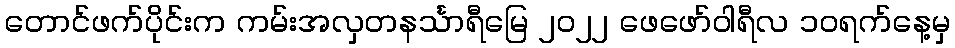
တောင်ဖက်ပိုင်းက ကမ်းအလှတနင်္သာရီမြေ ၂၀၂၂ ဖေဖော်ဝါရီလ ၁ဝရက်နေ့မှ